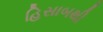
હિસાબથી